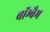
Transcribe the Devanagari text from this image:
बॉम्बैम